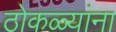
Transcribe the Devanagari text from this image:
ठोकळ्यांना